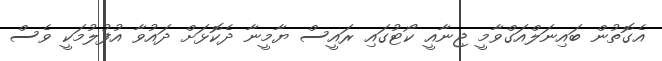
އެގޮތުން ބައިނަލްއަގްވާމީ ޖިނާއީ ކޯޓުގައި ރައީސް ޔާމީނާ ދެކޮޅަށް ދައުވާ އުފުލުމަކީ ވެސް